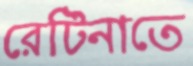
রেটিনাতে